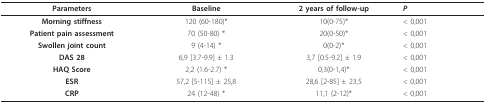
| Parameters | Baseline | 2 years of follow-up | P |
 | --- | --- | --- | --- |
 | Morning stiffness | 120 (60-180)* | 10(0-75)* | < 0,001 |
 | Patient pain assessment | 70 (50-80) * | 20(0-50)* | < 0,001 |
 | Swollen joint count | 9 (4-14) * | 0(0-2)* | < 0,001 |
 | DAS 28 | 6,9 [3.7-9.9] ± 1.3 | 3,7 [0.5-9.2] ± 1.9 | < 0,001 |
 | HAQ Score | 2,2 (1.6-2.7) * | 0,3(0-1,4)* | < 0,001 |
 | ESR | 57,2 [5-115] ± 25,8 | 28,6 [2-85] ± 23,5 | < 0,001 |
 | CRP | 24 (12-48) * | 11,1 (2-12)* | < 0,001 |